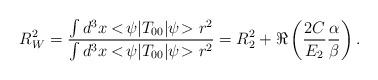
LaTeX: \begin{align*}R_W^2 = {\int d^3x <\!\psi|T_{00}|\psi\!> r^2 \over \int d^3x <\!\psi|T_{00}|\psi\!> r^2}= R_2^2 + \Re\left({2C\over E_2}{\alpha\over\beta}\right). \end{align*}